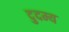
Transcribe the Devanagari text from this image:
दुदम्य